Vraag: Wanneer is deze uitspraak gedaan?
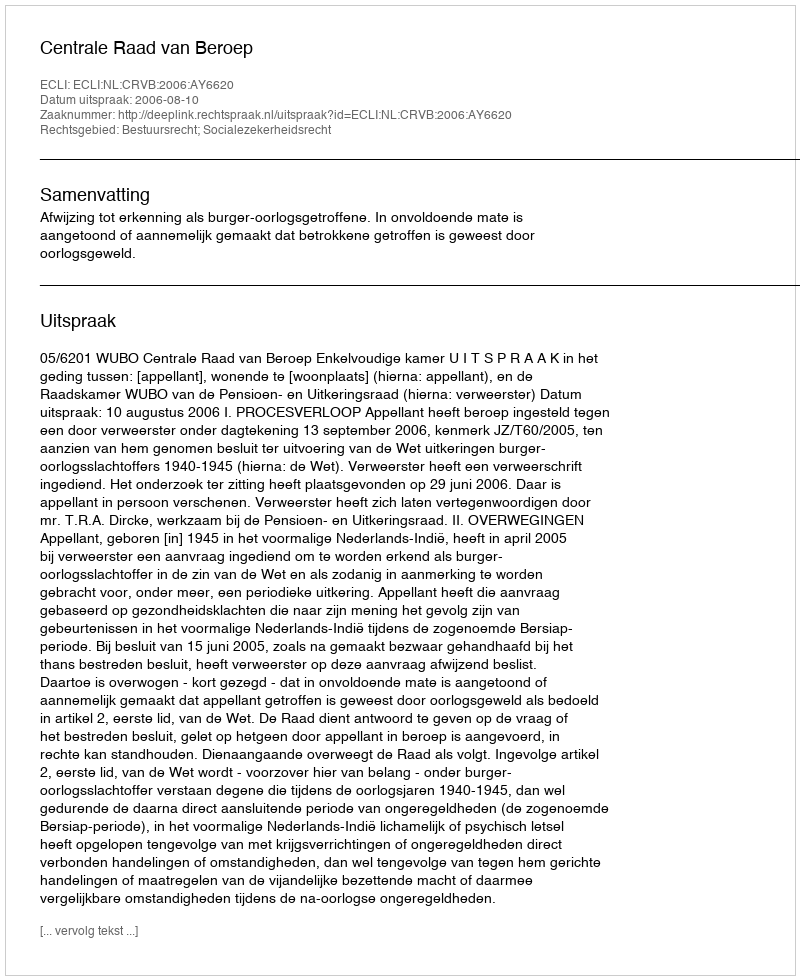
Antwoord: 2006-08-10